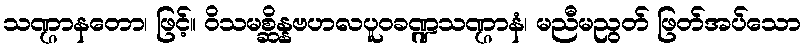
သဏ္ဌာနတော၊ ဖြင့်။ ဝိသမစ္ဆိန္နဗဟလပူဝခဏ္ဍသဏ္ဌာနံ၊ မညီမညွတ် ဖြတ်အပ်သော